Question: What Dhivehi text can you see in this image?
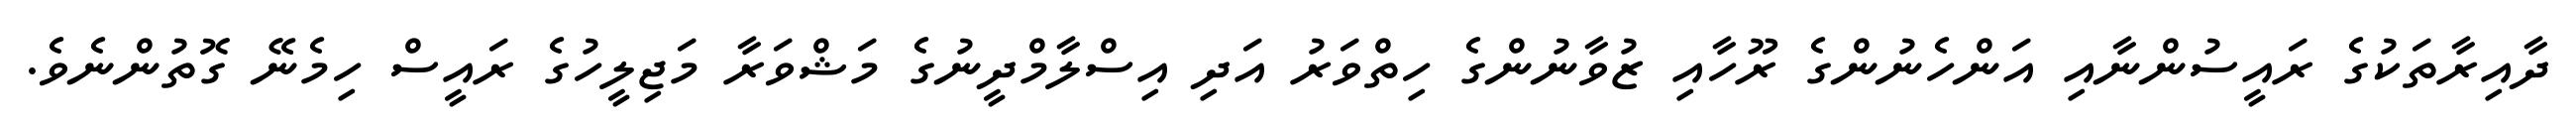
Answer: ދާއިރާތަކުގެ ރައީސުންނާއި އަންހެނުންގެ ރޫހާއި ޒުވާނުންގެ ހިތްވަރު އަދި އިސްލާމްދީނުގެ މަޝްވަރާ މަޖިލީހުގެ ރައީސް ހިމެނޭ ގޮތުންނެވެ.